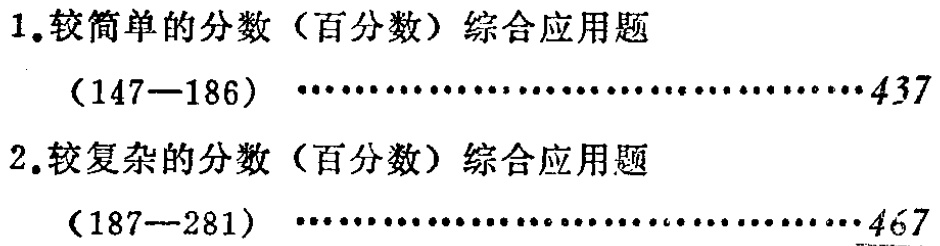
1.较简单的分数（百分数）综合应用题

（147—186）············································437

2.较复杂的分数（百分数）综合应用题

（187—281）············································467